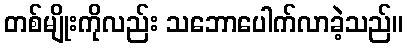
တစ်မျိုးကိုလည်း သဘောပေါက်လာခဲ့သည်။